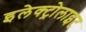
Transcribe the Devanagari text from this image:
इलेक्‍ट्रोलाइट